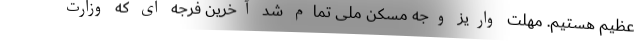
عظیم هستیم. مهلت واریز وجه مسکن ملی تمام شد آخرین فرجه ای که وزارت